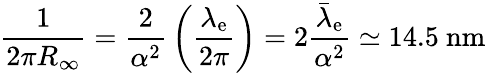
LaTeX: {\frac{1}{2\pi R_{\infty}}}={\frac{2}{\alpha^{2}}}\left({\frac{\lambda_{\mathrm{e}}}{2\pi}}\right)=2{\frac{{\bar{\lambda}}_{\mathrm{e}}}{\alpha^{2}}}\simeq 14.5~{\textrm{nm}}